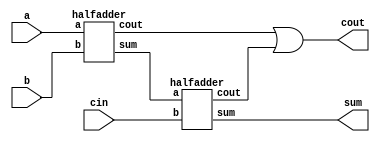
module hw5(a, b, cin, sum, cout);

	// Input Port(s)
	input a, b, cin;

	// Output Port(s)
	output sum, cout;
	
	wire summary, carry, carryTocout;
	
	assign cout = carry | carryTocout;
	
	halfadder ha1(a, b, summary, carry);
	halfadder ha2(summary, cin, sum, carryTocout);
	

endmodule

module halfadder(a, b, sum, cout);

	// Input Port(s)
	input a, b;

	// Output Port(s)
	output sum, cout;

	assign {cout, sum} = a + b; 

endmodule